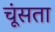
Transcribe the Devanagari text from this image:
चूंसता